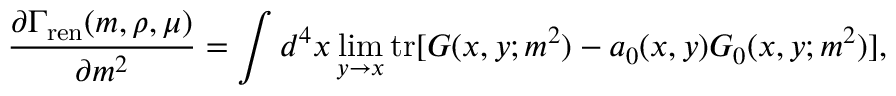
{ \frac { \partial \Gamma _ { \mathrm { r e n } } ( m , \rho , \mu ) } { \partial m ^ { 2 } } } = \int d ^ { 4 } x \operatorname * { l i m } _ { y \to x } \mathrm { t r } [ G ( x , y ; m ^ { 2 } ) - a _ { 0 } ( x , y ) G _ { 0 } ( x , y ; m ^ { 2 } ) ] ,